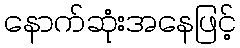
နောက်ဆုံးအနေဖြင့်